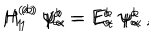
LaTeX: H _ { 1 } ^ { ( a ) } \; \psi _ { \alpha } ^ { a } = E _ { \alpha } ^ { a } \; \psi _ { \alpha } ^ { a } \; , \hspace { 1 c m } H _ { 1 } ^ { ( b ) } \; \psi _ { \alpha } ^ { b } = E _ { \alpha } ^ { b } \; \psi _ { \alpha } ^ { b }